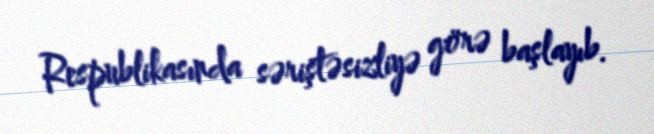
Respublikasında səriştəsizliyə görə başlayıb.